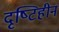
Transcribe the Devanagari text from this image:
दृष्‍टिहीन